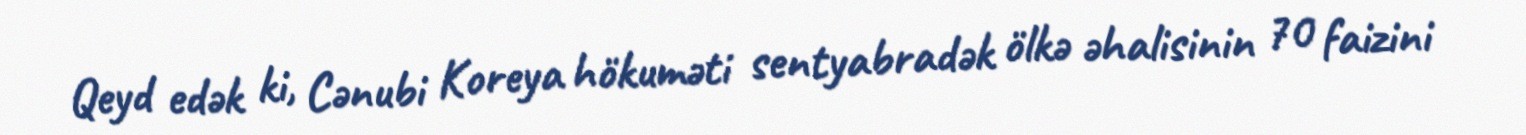
Qeyd edək ki, Cənubi Koreya hökuməti sentyabradək ölkə əhalisinin 70 faizini